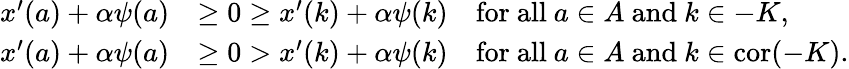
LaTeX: \begin{array}{rl}{x^{\prime}(a)+\alpha\psi(a)}&{\geq 0\geq x^{\prime}(k)+\alpha\psi(k)\quad\mathrm{for~all~}a\in A\mathrm{~and~}k\in-K,}\\ {x^{\prime}(a)+\alpha\psi(a)}&{\geq 0>x^{\prime}(k)+\alpha\psi(k)\quad\mathrm{for~all~}a\in A\mathrm{~and~}k\in\mathrm{cor}(-K).}\end{array}